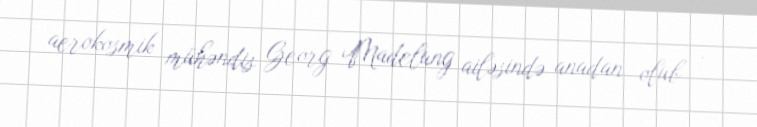
aerokosmik mühəndis Georg Madelung ailəsində anadan olub .